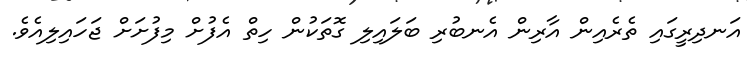
އަނދިރީގައި ތެރެއިން އާރިން އެނބުރި ބަލައިލި ގޮތަކުން ހިތް އެފުށް މިފުށަށް ޖަހައިލިއެވެ.